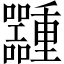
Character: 𱕶